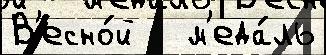
В'есно́й   м'еда́ль